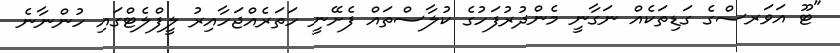
"ޓޫ އަވަރސްގެ ގަޑިތަކެއް ނަގާނީ މެންދުރުފަހުގެ ކުލާސްތައް ފެށޭނީ ހަތަރެއްޖަހާއިރު ލީފްލެޓްގައި ހުންނާނެ